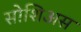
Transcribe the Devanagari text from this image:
सोशिअस